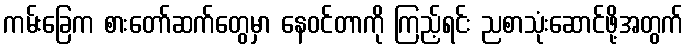
ကမ်းခြေက စားတော်ဆက်တွေမှာ နေဝင်တာကို ကြည့်ရင်း ညစာသုံးဆောင်ဖို့အတွက်